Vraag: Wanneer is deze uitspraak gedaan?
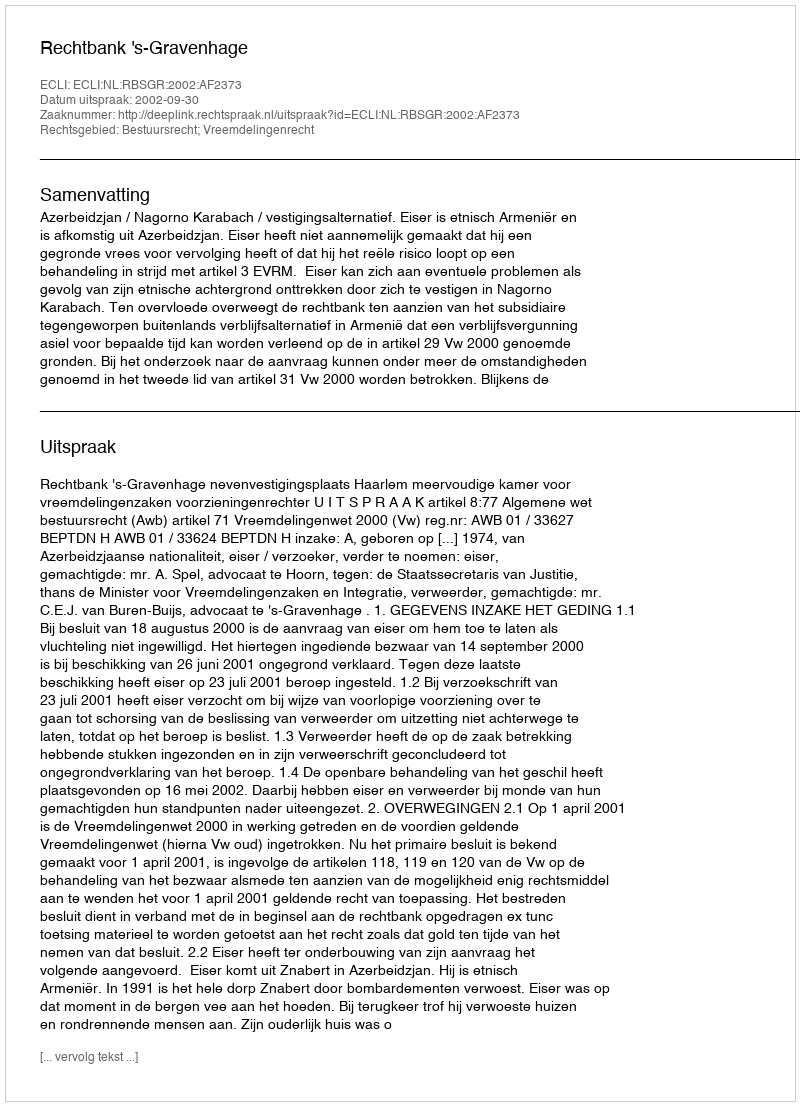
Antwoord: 2002-09-30